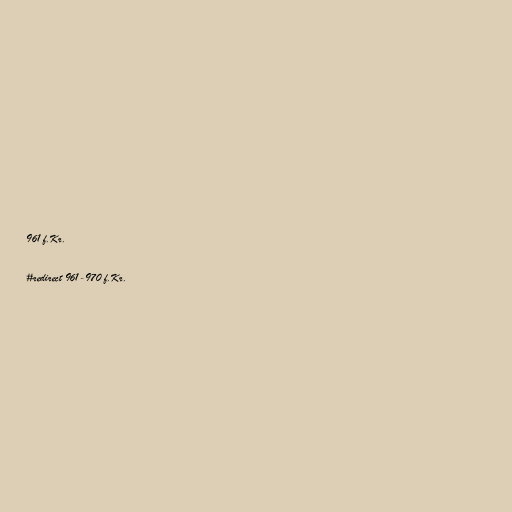
961 f.Kr.

#redirect 961-970 f.Kr.